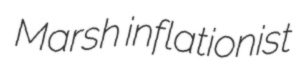
Marsh inflationist